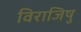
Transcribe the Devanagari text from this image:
विराजिषु